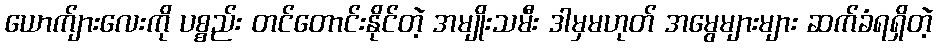
ယောက်ျားလေးကို ပစ္စည်း တင်တောင်းနိုင်တဲ့ အမျိုးသမီး ဒါမှမဟုတ် အမွေများများ ဆက်ခံရရှိတဲ့